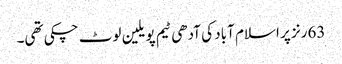
63رنز پر اسلام آباد کی آدھی ٹیم پویلین لوٹ چکی تھی۔